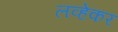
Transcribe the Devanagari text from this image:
लव्हेकर